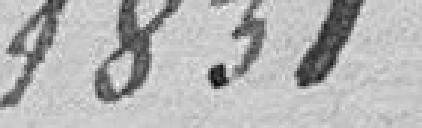
1831.